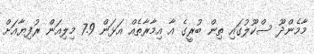
މާމެންދޫ ސްކޫލުގައި ތިން ބުރީގެ އާ އިމާރާތެއް އަޅަން 7.9 މިލިއަން ރުފިޔާއަށް